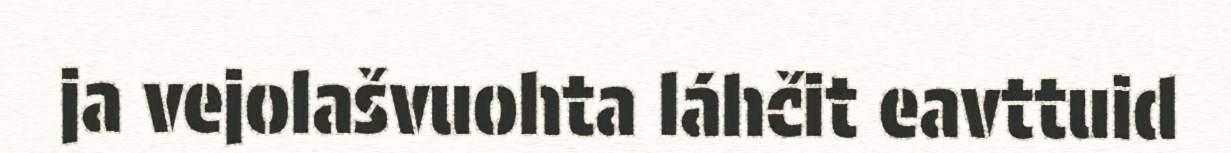
ja vejolašvuohta láhčit eavttuid